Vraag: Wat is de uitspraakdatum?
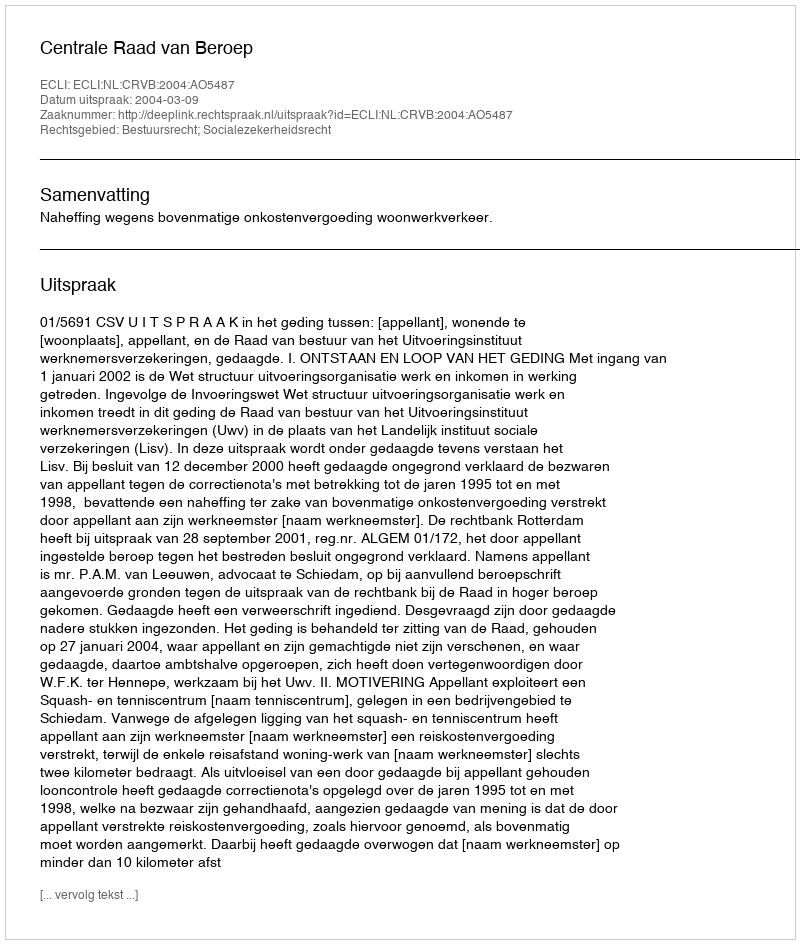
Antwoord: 2004-03-09